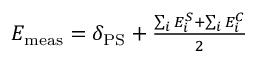
\begin{array} { r } { E _ { \mathrm { m e a s } } = \delta _ { \mathrm { P S } } + \frac { \sum _ { i } E _ { i } ^ { S } + \sum _ { i } E _ { i } ^ { C } } { 2 } } \end{array}